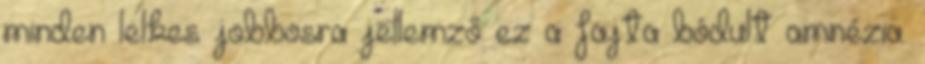
minden lelkes jobbosra jellemző ez a fajta bódult amnézia.